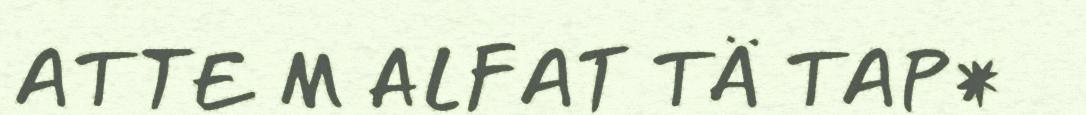
ATTE M ALFAT TÄ TAP*